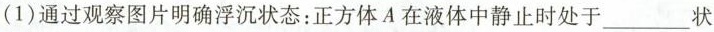
(1)通过观察图片明确浮沉状态：正方体A在液体中静止时处于___状